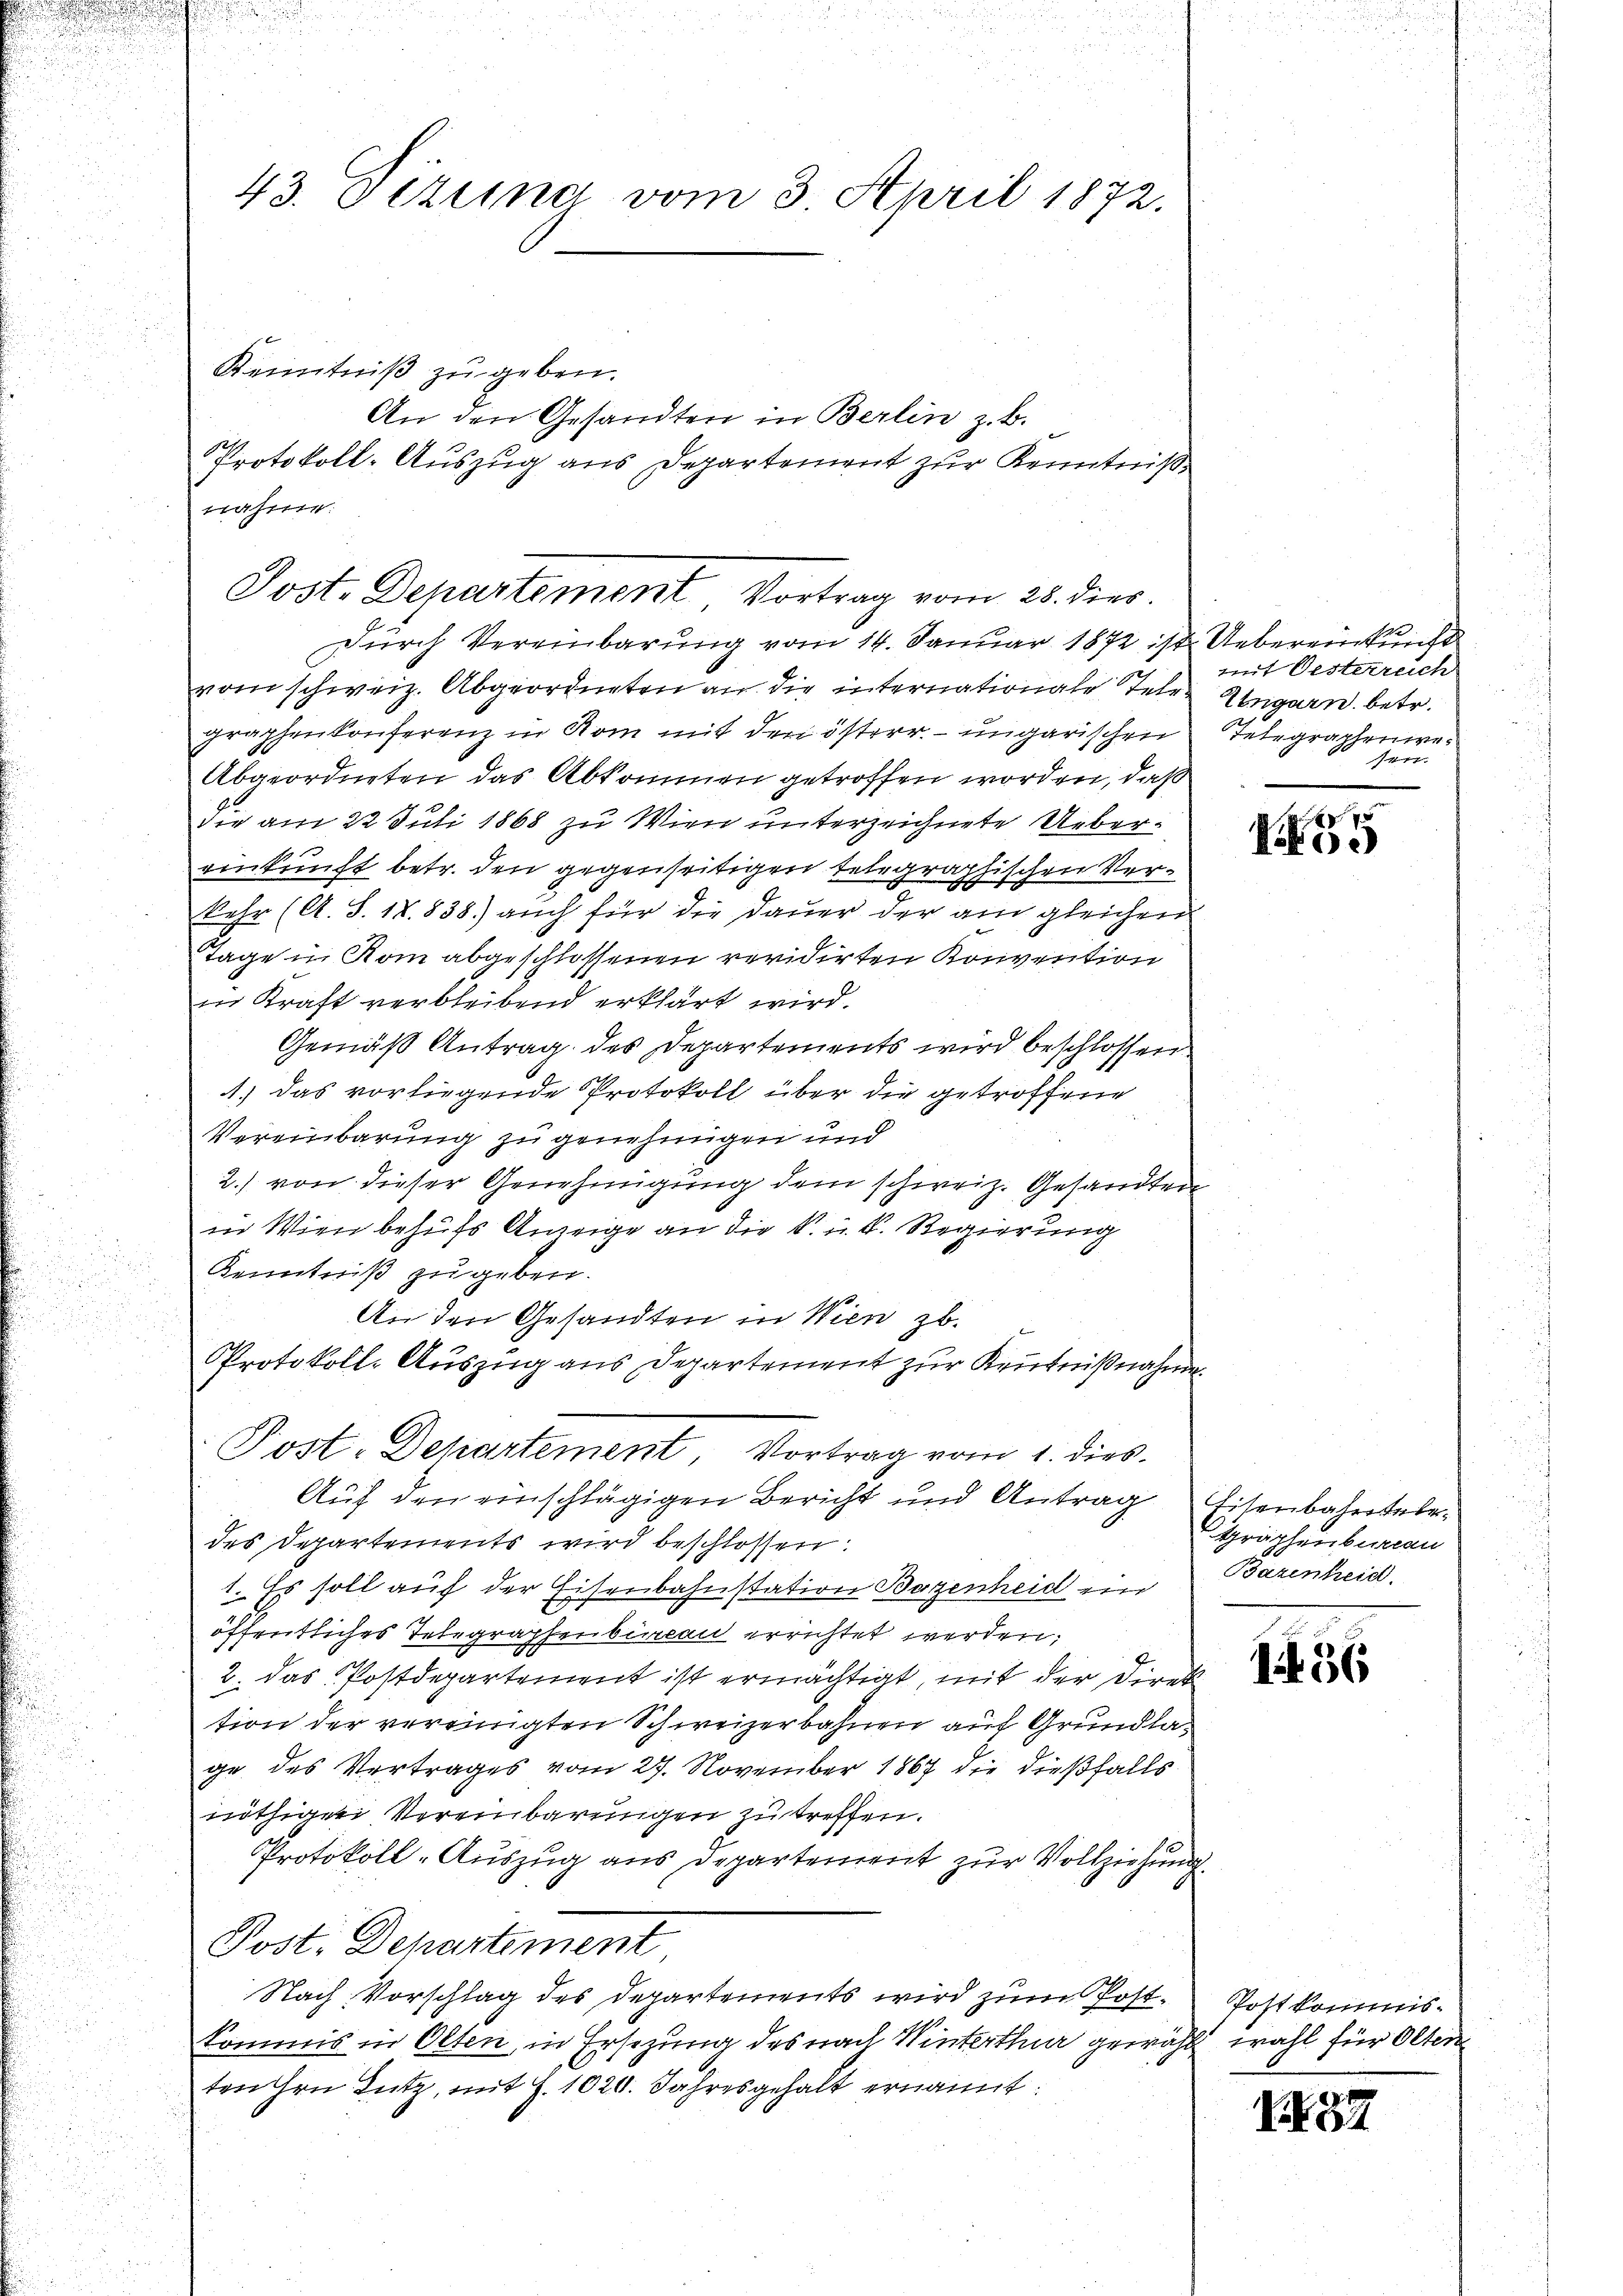
d
.

a

43. Fertina vom 3. April 1872.

Kenntniß zu geben.
Durch Vereinbarung vom 14. Januar 1872 ist Uebereinkunft
vom schweiz. Abgeordneten an die internationale Telegraphenkonferenz in Rom mit den österr. ungarischen
Abgeordneten das Abkommen getroffen worden, daß
Die am 22 Juli 1868 zu Wien unterzeichnete Uebereinkunft betr. den gegenseitigen telegraphischen Verkehr (A. S. 18.838) auch für die Dauer der am gleichen
Tage in Rom abgeschlossenen revidirten Konvention
in Kraft verbleibend erklärt wird.
Gemäß Antrag des Departements wird beschlossen
1.) Das vorliegende Protokoll über die getroffene
Vereinbarung zu genehmigen und
2.) von dieser Genehmigung dem schweiz. Gesandten
in Wien behufs Anzeige an die k. u. V. Regierung
Kenntniß zu geben.
An den Gesandten in Wien zu.
Protokoll- Auszug aus Departement zur Kenntnißnahme
Post-Departement, Vortrag vom 1. dies
Auf den einschlägigen Bericht und Antrag Eisenbahnterdes Departements wird beschlossen:
1. Es soll auf der Eisenbahnstation Bogenheid ein Bazenheid.
öffentliches Telegraphenbureau errichtet werden;
2. Das Postdepartement ist ermächtigt, mit der Direk
tion der vereinigten Schweizerbahnen auf Grundlage des Vertrages vom 27. November 1867 die dießfalls
nöthiger Vereinbarungen zu treffen.
Protokoll-Auszug aus Departement zur Vollziehung
Post. Departement
Nach Vorschlag des Departements wird zum Post. Postkommiskommis in Olten in Ersezung des nach Winterthur gewählt wahl für Olten
ten Hrn Lutz, mit Z. 1020. Jahresgehalt ernannt:

An den Gesandten in Berlin z. B.
Protokoll-Auszug aus Departement zur Kenntniß
nahme.
Post. Departement Vortrag vom 28. dies

mit Oesterreich
Eingarn betr.
Telegraphenwe¬
47

7
Poi

Graphenbureau

if. 56

I52